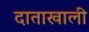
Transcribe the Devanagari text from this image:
दाताखाली